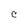
Character: C